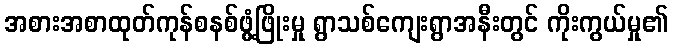
အစားအစာထုတ်ကုန်စနစ်ဖွံ့ဖြိုးမှု ရွာသစ်ကျေးရွာအနီးတွင် ကိုးကွယ်မှု၏